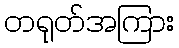
တရုတ်အကြား